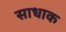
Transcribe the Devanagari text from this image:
साधाक